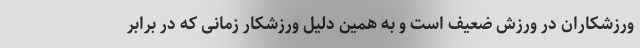
ورزشکاران در ورزش ضعیف است و به همین دلیل ورزشکار زمانی که در برابر